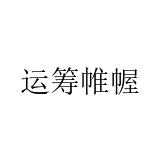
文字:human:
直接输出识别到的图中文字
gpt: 运筹帷幄